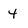
Character: 4